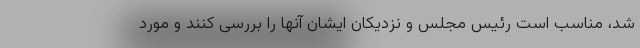
شد، مناسب است رئیس مجلس و نزدیکان ایشان آنها را بررسی کنند و مورد